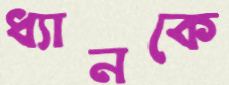
ধ্যানকে